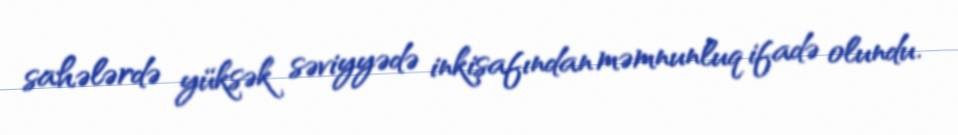
sahələrdə yüksək səviyyədə inkişafından məmnunluq ifadə olundu.